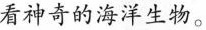
看神奇的海洋生物。